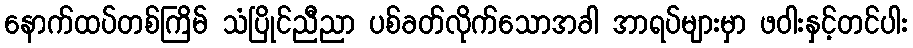
နောက်ထပ်တစ်ကြိမ် သံပြိုင်ညီညာ ပစ်ခတ်လိုက်သောအခါ အာရပ်များမှာ ဖဝါးနှင့်တင်ပါး